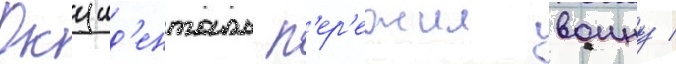
Окцид'енталь п'ер'ежил воину /